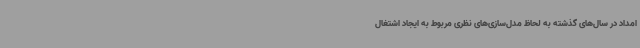
امداد در سال‌های گذشته به لحاظ مدل‌سازی‌های نظری مربوط به ایجاد اشتغال